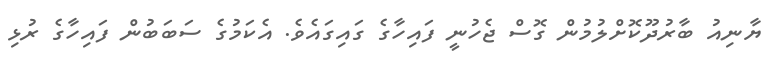
ޔާނިއު ބާރުދޫކޮށްލުމުން ގޮސް ޖެހުނީ ފައިހާގެ ގައިގައެވެ. އެކަމުގެ ސަބަބުން ފައިހާގެ ރުޅި